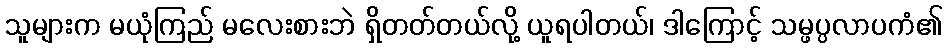
သူများက မယုံကြည် မလေးစားဘဲ ရှိတတ်တယ်လို့ ယူရပါတယ်၊ ဒါကြောင့် သမ္ဖပ္ပလာပကံ၏